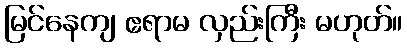
မြင်နေကျ ဧရာမ လှည်းကြီး မဟုတ်။